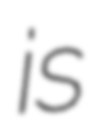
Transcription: is